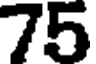
75